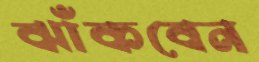
ঝাঁকবেন